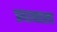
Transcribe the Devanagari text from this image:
प्रधानाला